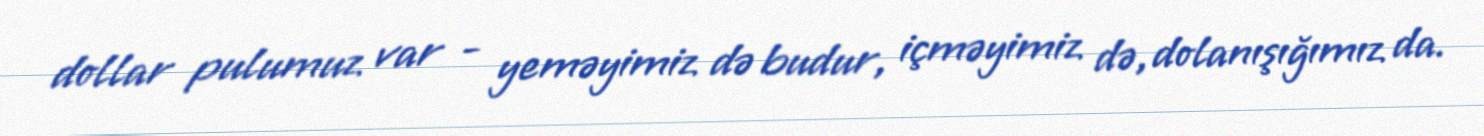
dollar pulumuz var - yeməyimiz də budur, içməyimiz də, dolanışığımız da.